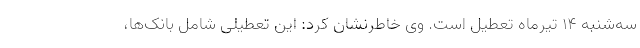
سه‌شنبه ۱۴ تیرماه تعطیل است. وی خاطرنشان کرد: این تعطیلی شامل بانک‌ها،